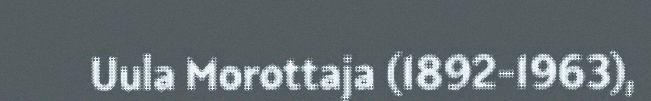
Uula Morottaja (1892-1963),